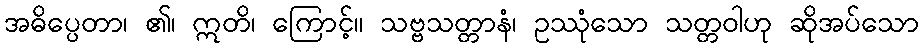
အဓိပ္ပေတာ၊ ၏၊ ဣတိ၊ ကြောင့်။ သဗ္ဗသတ္တာနံ၊ ဥဿုံသော သတ္တဝါဟု ဆိုအပ်သော